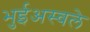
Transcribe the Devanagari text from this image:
भुईअस्वले